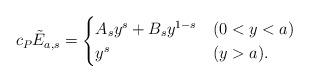
LaTeX: \begin{align*}c_P \tilde E_{a,s}=\begin{cases}A_s y^s + B_s y^{1-s} & (0<y<a)\\y^s & (y>a).\end{cases}\end{align*}